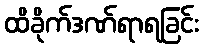
ထိခိုက်ဒဏ်ရာရခြင်း